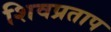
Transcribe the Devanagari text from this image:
शिवप्रताप